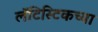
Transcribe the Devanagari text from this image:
लॅटिस्टिकच्या